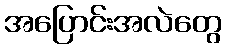
အပြောင်းအလဲတွေ